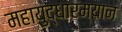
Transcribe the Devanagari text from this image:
महायुद्धारम्यान